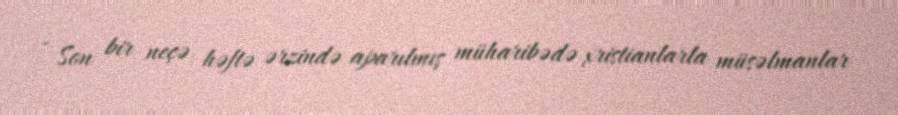
- Son bir neçə həftə ərzində aparılmış müharibədə xristianlarla müsəlmanlar